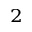
_ 2